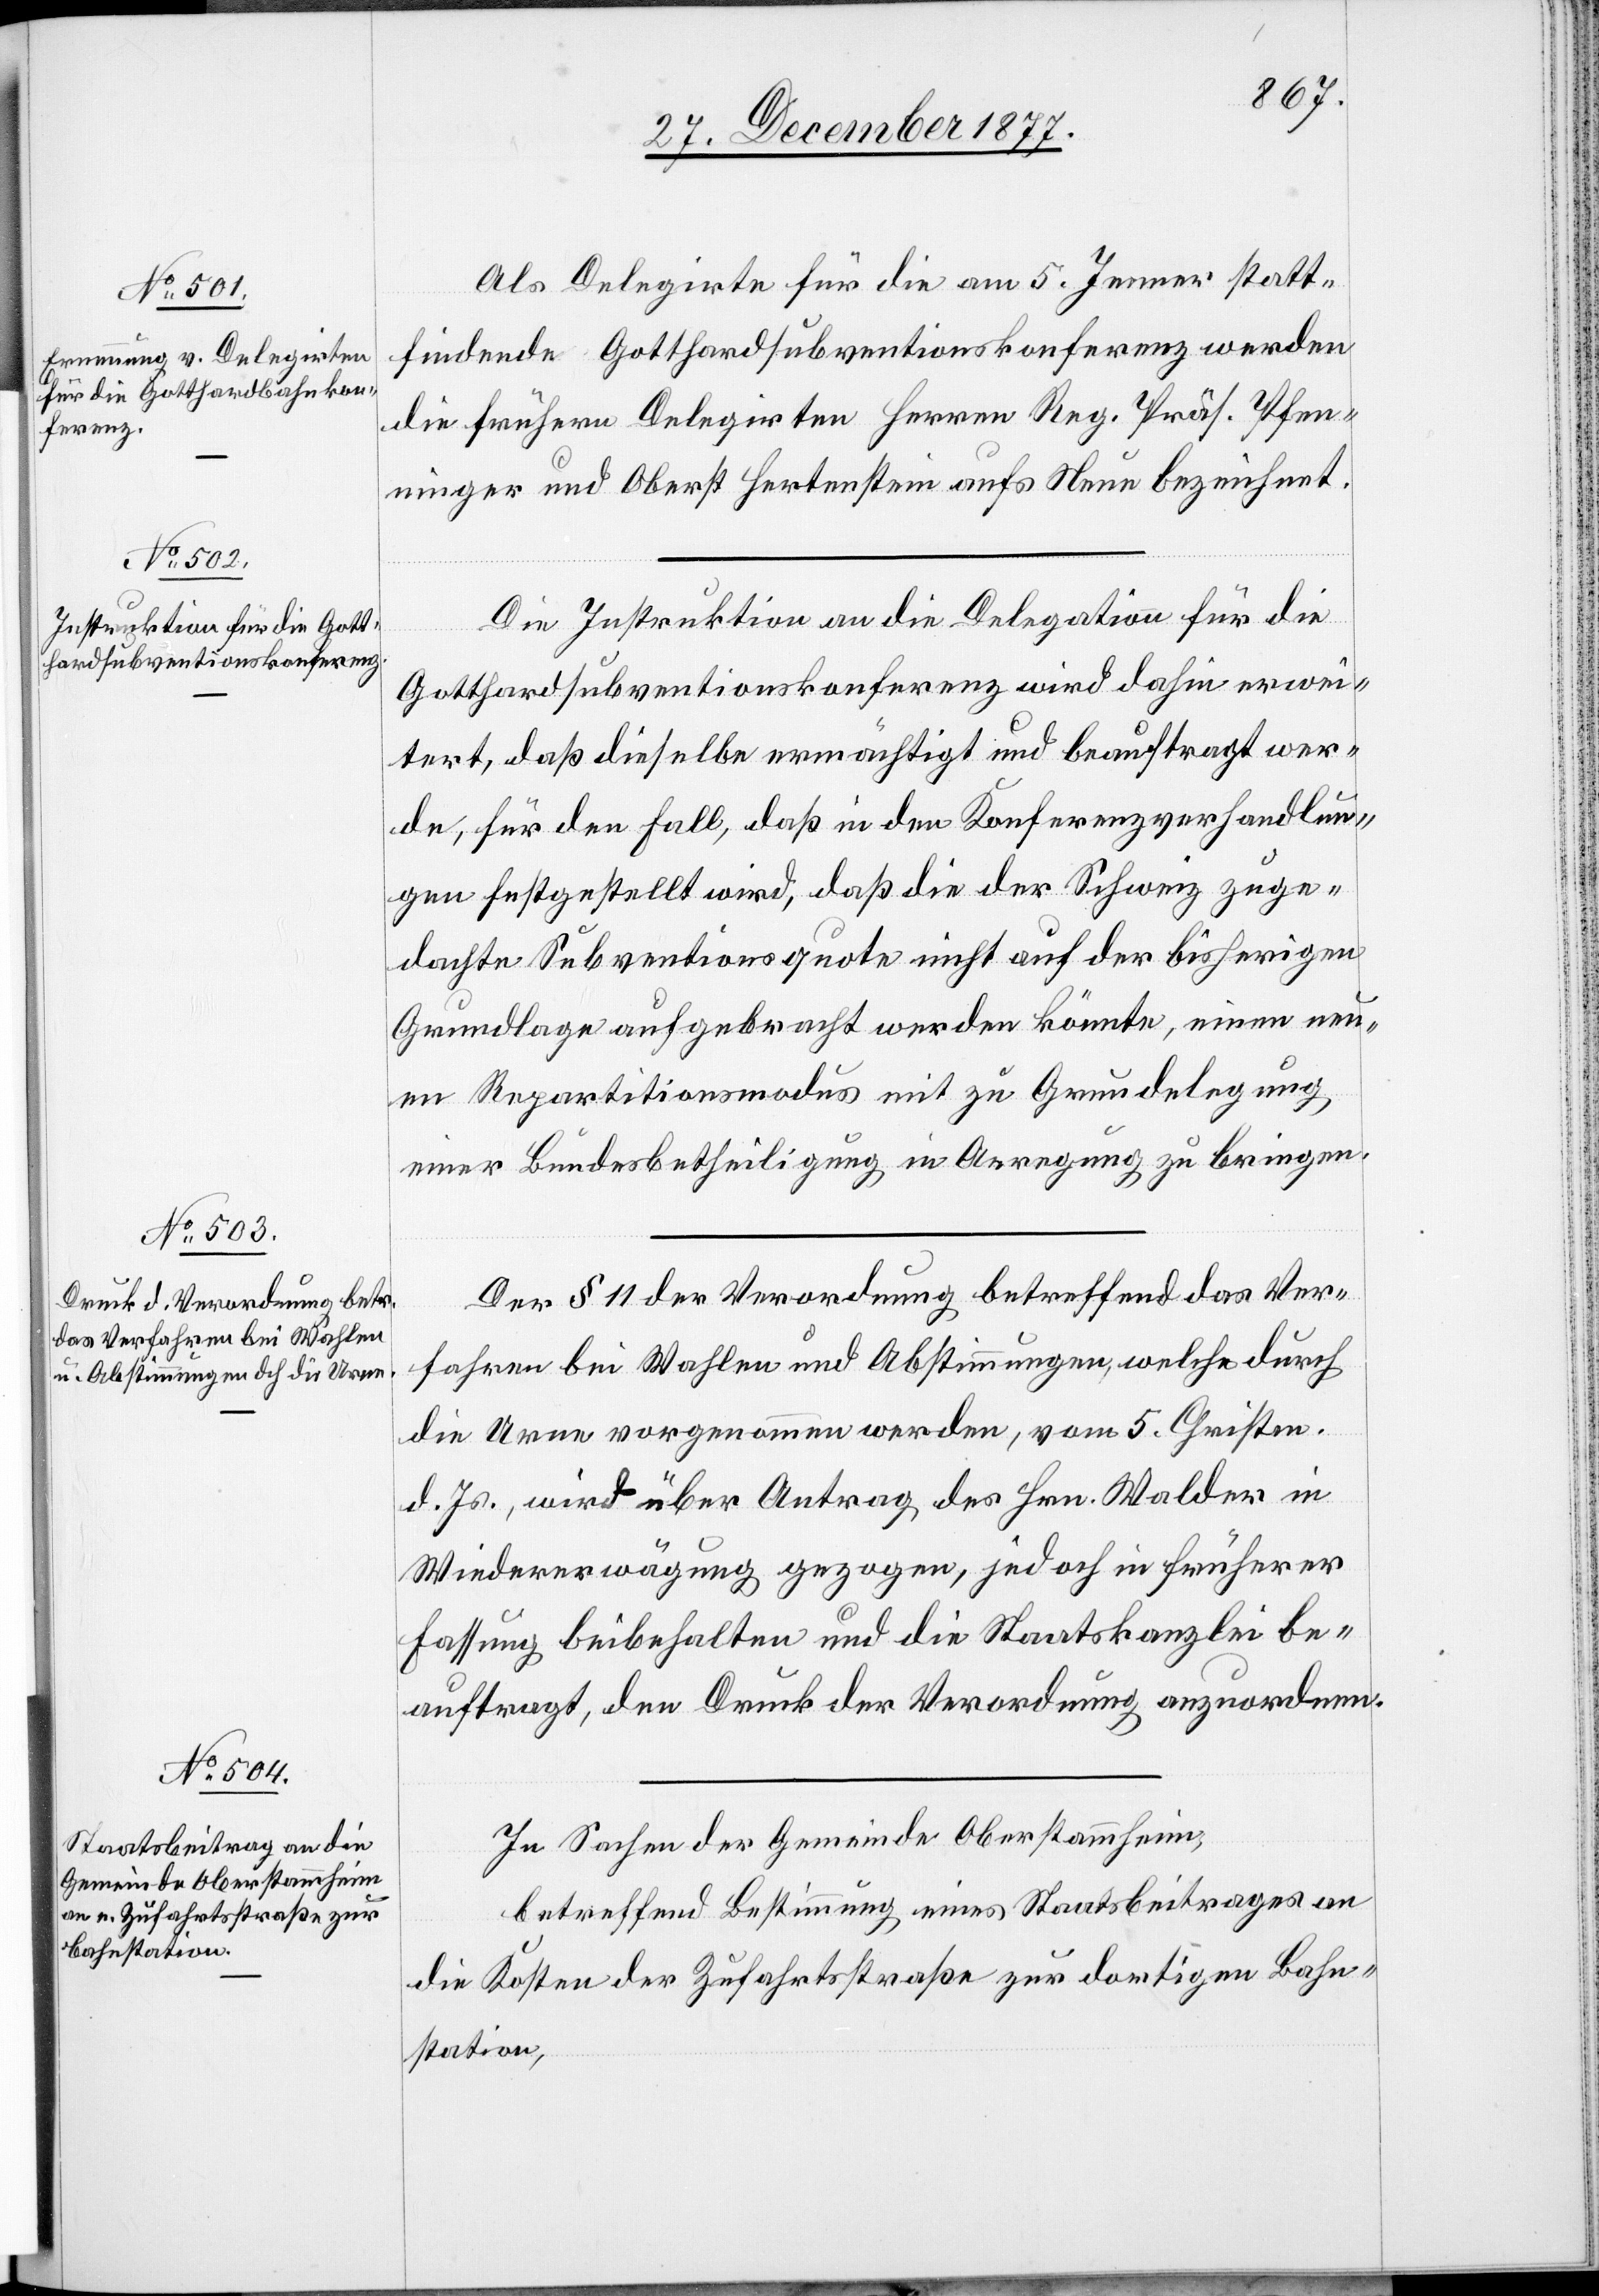
Als Delegirte für die am 5. Jenner statt¬
findende Gotthardsubventionskonferenz werden
die frühern Delegirten Herren Reg. Präs. Pfen¬
ninger und Oberst Hertenstein aufs Neue bezeichnet.
Die Instruktion an die Delegation für die
Gotthardsubventionskonferenz wird dahin erwei¬
tert, daß dieselbe ermächtigt und beauftragt wer¬
de, für den Fall, daß in den Konferenzverhandlun¬
gen festgestellt wird, daß die der Schweiz zuge¬
dachte Subventionsquote nicht auf der bisherigen
Grundlage aufgebracht werden könnte, einen neu¬
en Repartitionsmodus mit zu Grundelegung
einer Bundesbetheiligung in Anregung zu bringen.
Der § 11 der Verordnung betreffend das Ver¬
fahren bei Wahlen und Abstimmungen, welche durch
die Urne vorgenommen werden, vom 5. Christm.
d. Js., wird über Antrag des Hrn. Walder in
Wiedererwägung gezogen, jedoch in früherer
Fassung beibehalten und die Staatskanzlei be¬
auftragt, den Druck der Verordnung anzuordnen.
In Sachen der Gemeinde Oberstammheim,
betreffend Bestimmung eines Staatsbeitrages an
die Kosten der Zufahrtsstraße zur dortigen Bahn¬
station,